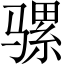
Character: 骡